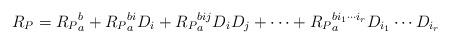
LaTeX: \begin{align*}R_P= R_P{}^{b}_{a} + R_P{}^{b i}_{a} D_{i} + R_P{}^{b ij}_{a} D_{i} D_{j} + \cdots + R_P{}^{b i_1\cdots i_r}_{a} D_{i_1}\cdots D_{i_r}\end{align*}